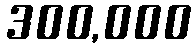
300,000